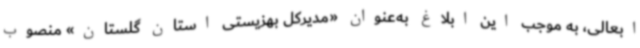
ابعالی، به موجب این ابلاغ به‌عنوان «مدیرکل بهزیستی استان گلستان» منصوب